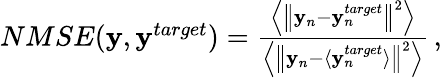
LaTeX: \begin{array}{r}{NMSE({\mathbf y},{\mathbf y}^{target})=\frac{\Bigl\langle\left\Vert{\mathbf y}_{n}-{\mathbf y}_{n}^{target}\right\Vert^{2}\Bigl\rangle}{\Bigl\langle\left\Vert{\mathbf y}_{n}-\langle{\mathbf y}_{n}^{target}\rangle\right\Vert^{2}\Bigl\rangle}\, ,}\end{array}